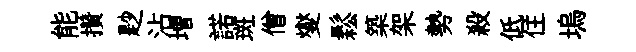
能攢尟沾増諾斑僧燮鬆築架勢殺低住塢